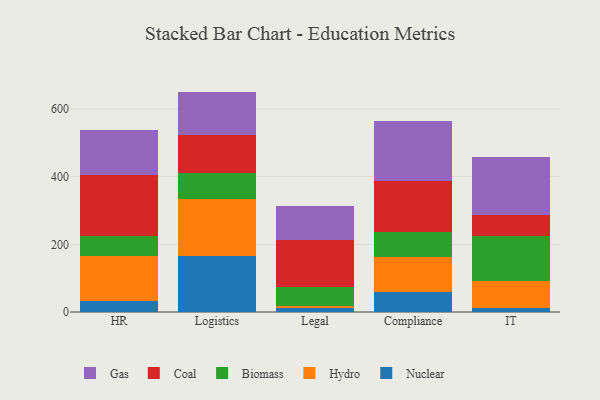
{"axis": {"x": "Department", "y": "Shipments"}, "legend": ["Biomass", "Coal", "Gas", "Hydro", "Nuclear"], "data": [{"x": "HR", "y": 31.6, "type": "Nuclear"}, {"x": "HR", "y": 134.4, "type": "Hydro"}, {"x": "HR", "y": 59.4, "type": "Biomass"}, {"x": "HR", "y": 179.0, "type": "Coal"}, {"x": "HR", "y": 133.9, "type": "Gas"}, {"x": "Logistics", "y": 165.4, "type": "Nuclear"}, {"x": "Logistics", "y": 167.4, "type": "Hydro"}, {"x": "Logistics", "y": 76.9, "type": "Biomass"}, {"x": "Logistics", "y": 113.3, "type": "Coal"}, {"x": "Logistics", "y": 128.3, "type": "Gas"}, {"x": "Legal", "y": 11.9, "type": "Nuclear"}, {"x": "Legal", "y": 6.2, "type": "Hydro"}, {"x": "Legal", "y": 54.9, "type": "Biomass"}, {"x": "Legal", "y": 139.9, "type": "Coal"}, {"x": "Legal", "y": 101.2, "type": "Gas"}, {"x": "Compliance", "y": 60.4, "type": "Nuclear"}, {"x": "Compliance", "y": 103.6, "type": "Hydro"}, {"x": "Compliance", "y": 71.6, "type": "Biomass"}, {"x": "Compliance", "y": 151.0, "type": "Coal"}, {"x": "Compliance", "y": 178.6, "type": "Gas"}, {"x": "IT", "y": 10.7, "type": "Nuclear"}, {"x": "IT", "y": 82.0, "type": "Hydro"}, {"x": "IT", "y": 132.9, "type": "Biomass"}, {"x": "IT", "y": 61.7, "type": "Coal"}, {"x": "IT", "y": 169.8, "type": "Gas"}]}